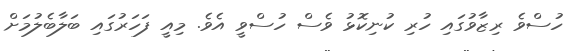
ހުސްވެ ރިޒާވުގައި ހުރި ކުނިކޮޅު ވެސް ހުސްވީ އެވެ. މިއީ ފަހަރުގައި ބަލާބެލުމަށް